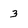
Character: 3